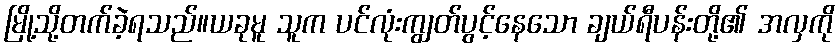
မြို့သို့တက်ခဲ့ရသည်။ယခုမူ သူက ပင်လုံးကျွတ်ပွင့်နေသော ချယ်ရီပန်းတို့၏ အလှကို